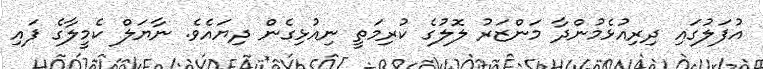
އުފަލުގައި ދިރިއުޅެމުންދާ މަންޒަރު ލޮލުގެ ކުރިމަތީ ނިއުޅިގެން ދިޔައެވެ. ނާޔަލް ކެމީލާގެ ފައި